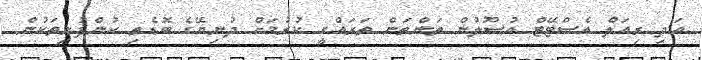
އަދި ރިއަލް އެސްޓޭޓް އުސޫލުން ތަންތަން ތަރައްގީ ކުރުމަށް ދުނިޔޭގެ ބޮޑެތި ކުންފުނިތަކުން